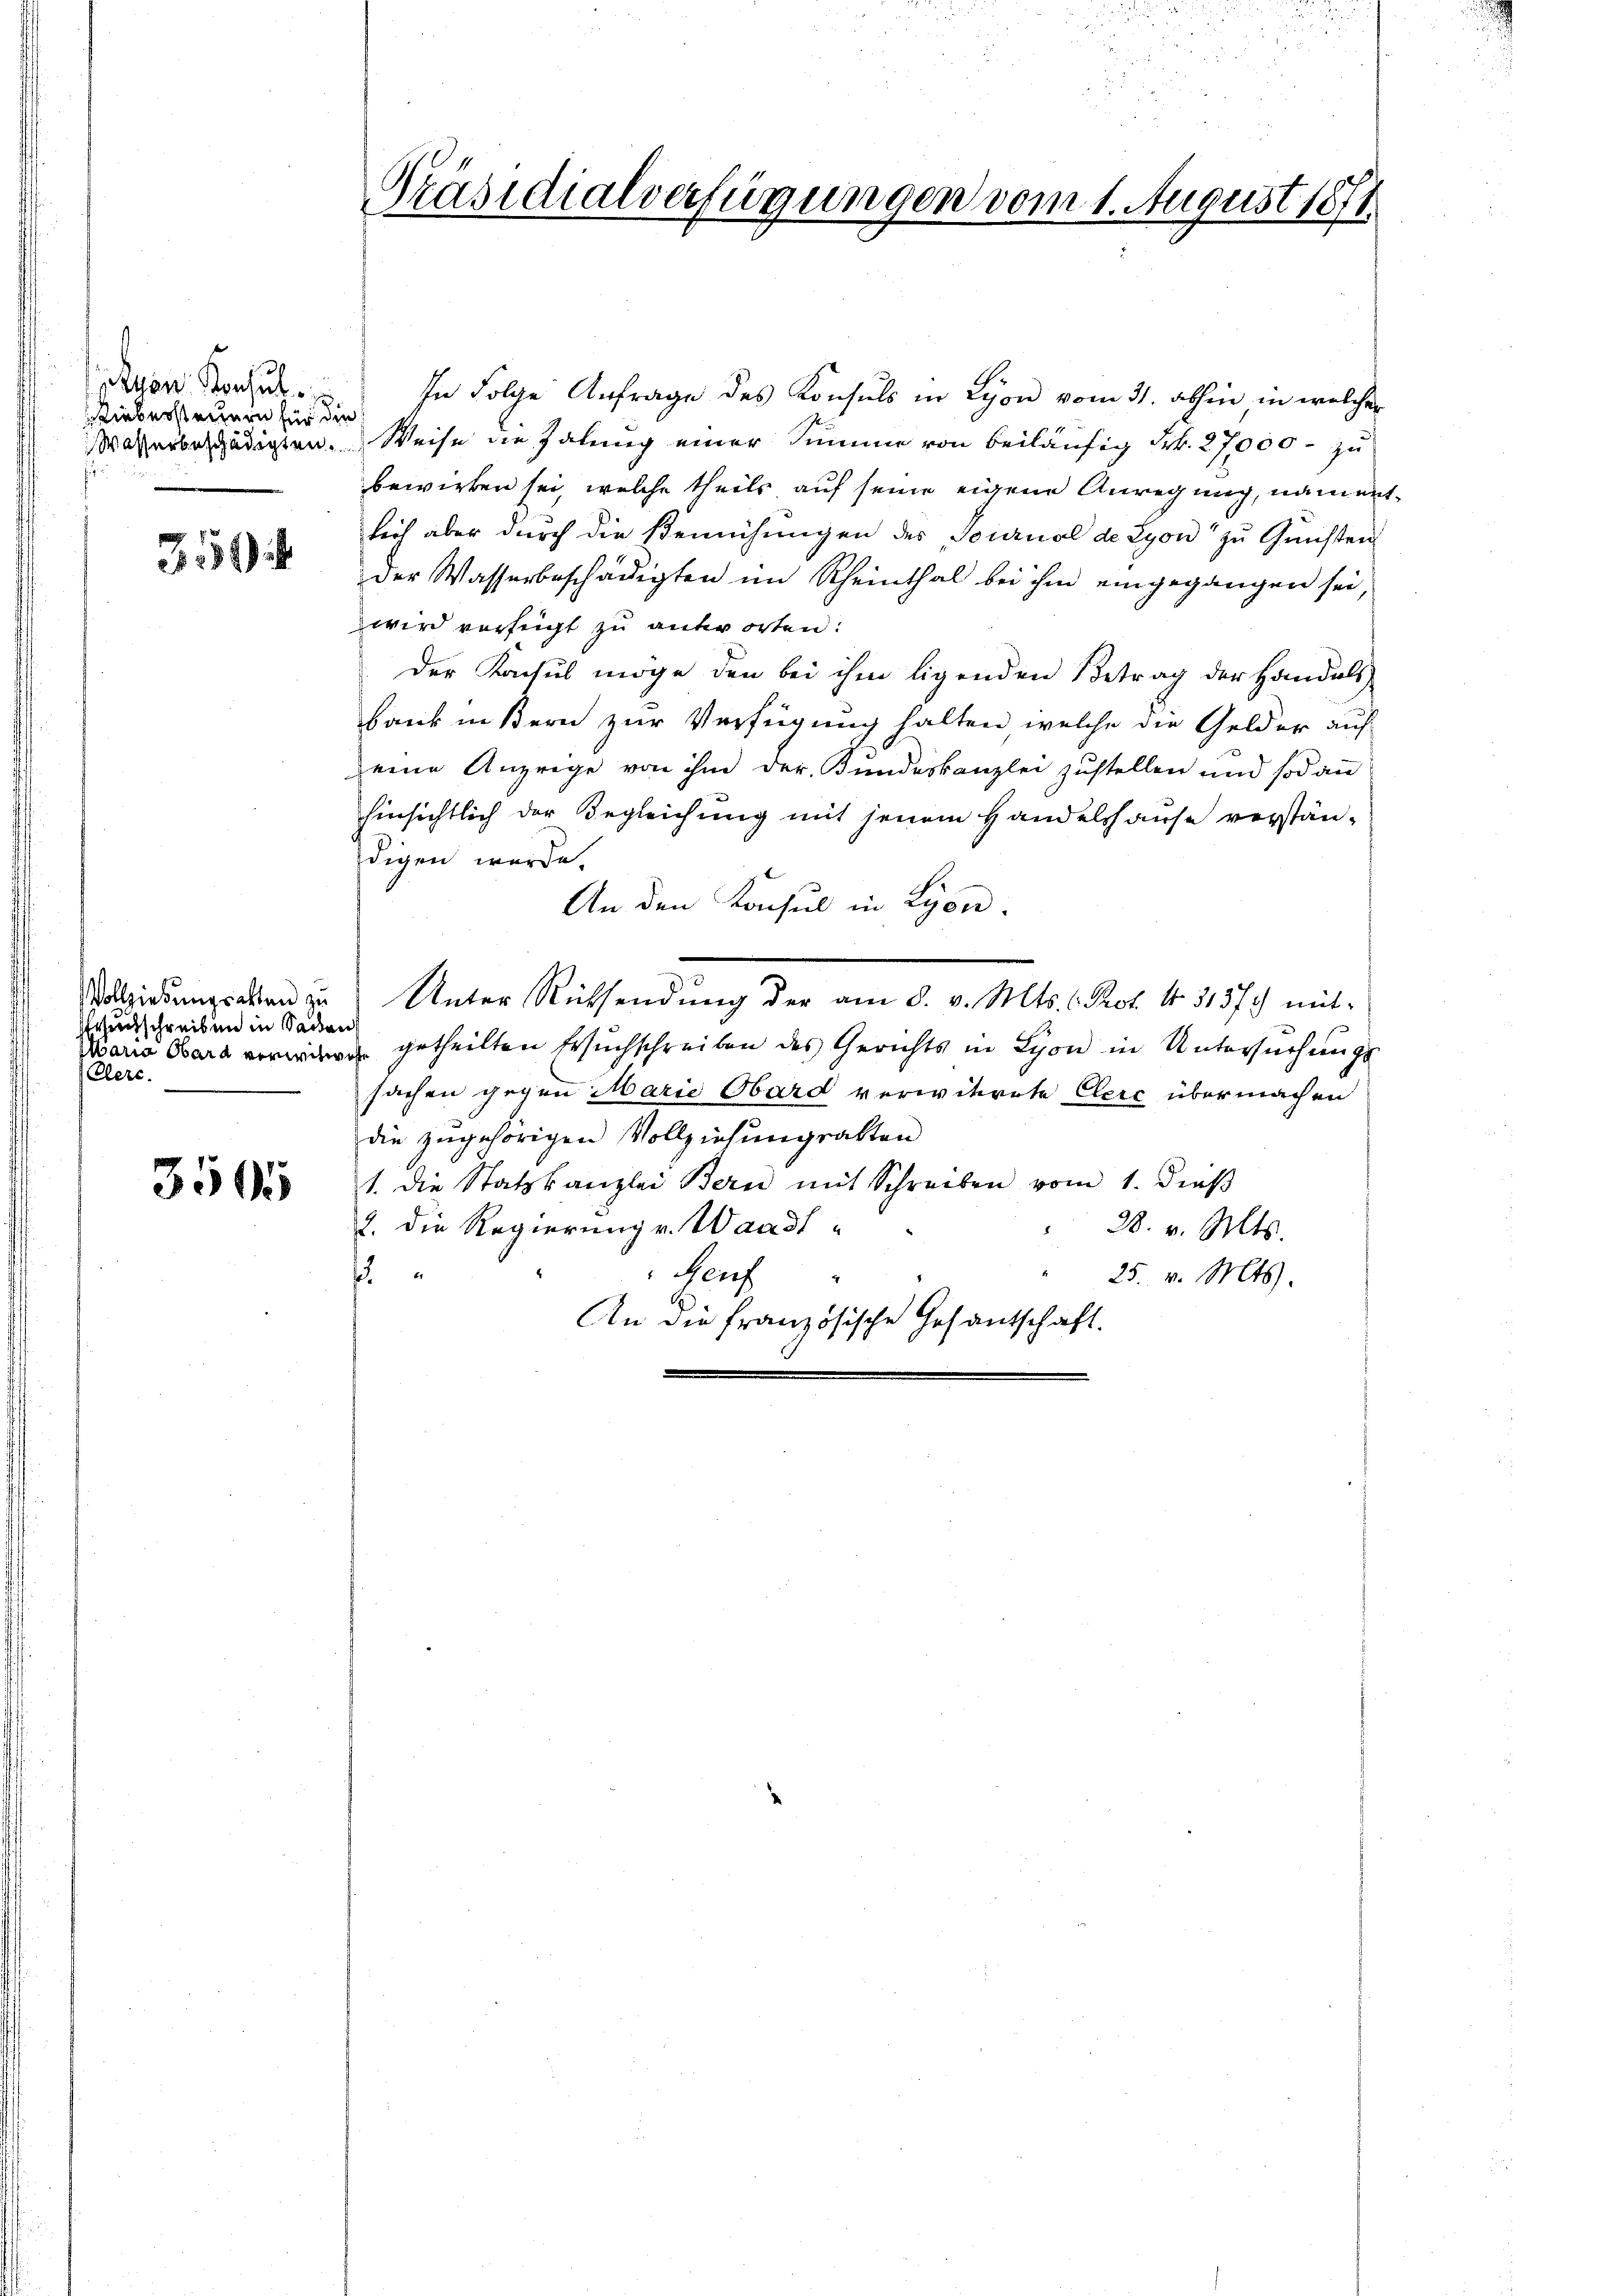
yon Konsul
Lieberstechern für die

35

rundschreiben in Saden
Maria Obara verwichwoh
Elere

3505

In Folge Anfrage des Konsuls in Lyon vom 31. abhin, in welcher
Wasserbeschädigten. Weise die Zahlung einer Summe von beiläufig Frk. 27,000 - zu
bewirken sei, welche theils auf seine eigene Anregung, namentlich aber durch die Bemühungen des Tournal de Lyon zŭ Gŭnsten
der Wasserbeschädigten im Rheinthal bei ihm eingegangen sei,
wird verfügt zu antworten:
der Konsul möge den bei ihm ligenden Betrag der Handels
bank in Bern zur Verfügung halten, welche die Gelder auf
eine Anzeige von ihm der Bundeskanzlei zustellen und sodann
hinsichtlich der Begleichung mit jenem Handelshause verstän-
digen werde.
An den Konsul in Lyon.
Vollziehungschen zu Unter Rücksendung der am 8. v. Mts. C. Prof. No. 31575 mitgetheilten Ersuchschreiben des Gerichts in Lyon in Untersuchungs
sachen gegen Marie Obard verwitwete Eleić übermachen
die zugehörigen Vollziehungsakten
1. die Statzkanzlei Bern mit Schreiben vom 1. dieβ
2. die Regierung v. Waadt-
28. v. Mts.
f
Hauf
25. v. Mts.
An die Französische Gesantschaft.

Präsidialverfügungen vom 1. August 1871